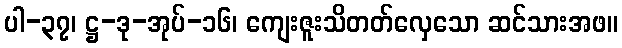
ပါ-၃၇၊ ဋ္ဌ-ဒု-အုပ်-၁၆၊ ကျေးဇူးသိတတ်လှေသော ဆင်သားအဖ။